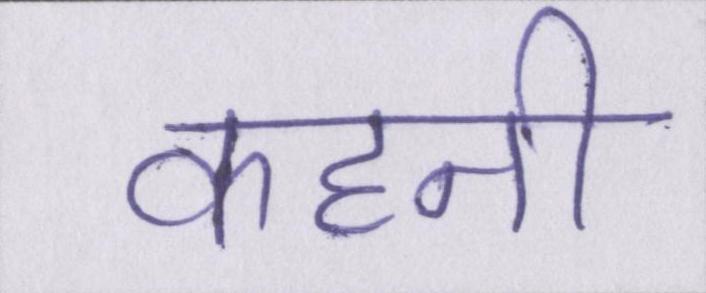
कहनी